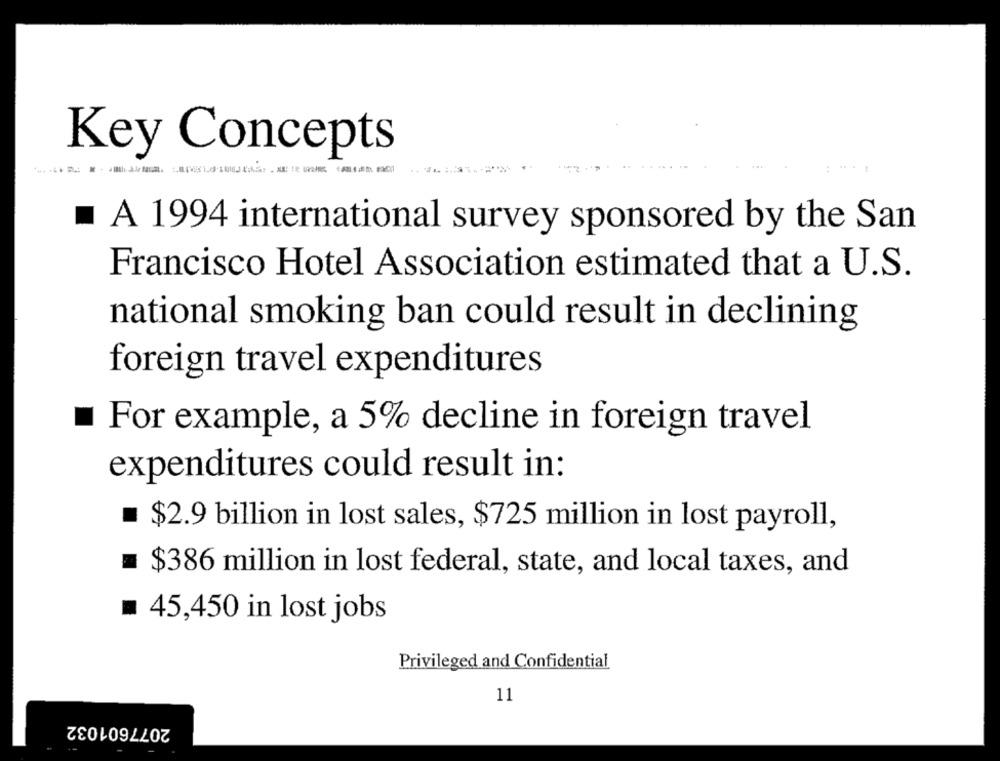
Key Concepts
A 1994 international survey sponsored by the San
Francisco Hotel Association estimated that a U.S.
national smoking ban could result in declining
foreign travel expenditures
For example, a 5% decline in foreign travel
expenditures could result in:
$2.9 billion in lost sales, $725 million in lost payroll,
= $386 million in lost federal, state, and local taxes, and
= 45,450 in lost jobs
Privileged and Confidential
11
2077601032